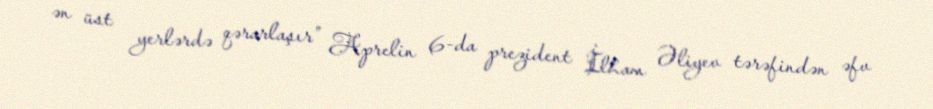
ən üst yerlərdə qərarlaşır” Aprelin 6-da prezident İlham Əliyev tərəfindən əfv